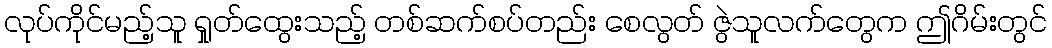
လုပ်ကိုင်မည့်သူ ရှုတ်ထွေးသည့် တစ်ဆက်စပ်တည်း စေလွတ် ဇွဲသူလက်တွေက ဤဂိမ်းတွင်